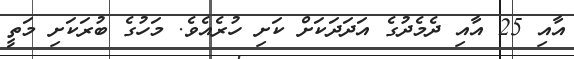
އާއި 25 އާއި ދެމެދުގެ އަދަދަކަށް ކަށި ހުރެއެވެ. މަހުގެ ބުރަކަށި މަތީ